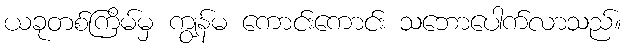
ယခုတစ်ကြိမ်မှ ကျွန်မ ကောင်းကောင်း သဘောပေါက်လာသည်။